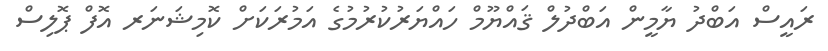
ރައީސް އަބްދު ޔާމީން އަބްދުލް ޤައްޔޫމް ހައްޔަރުކުރުމުގެ އަމުރަކަށް ކޮމިޝަނަރ އޮފް ޕޮލިސް